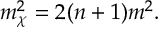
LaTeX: m _ { \chi } ^ { 2 } = 2 ( n + 1 ) m ^ { 2 } .